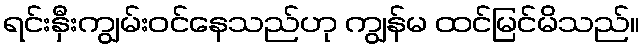
ရင်းနှီးကျွမ်းဝင်နေသည်ဟု ကျွန်မ ထင်မြင်မိသည်။